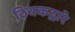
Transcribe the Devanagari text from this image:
ठिबकद्वारे